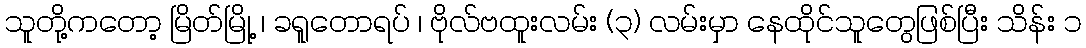
သူတို့ကတော့ မြိတ်မြို့ ၊ ခရူတောရပ် ၊ ဗိုလ်ဗထူးလမ်း (၃) လမ်းမှာ နေထိုင်သူတွေဖြစ်ပြီး သိန်း ၁